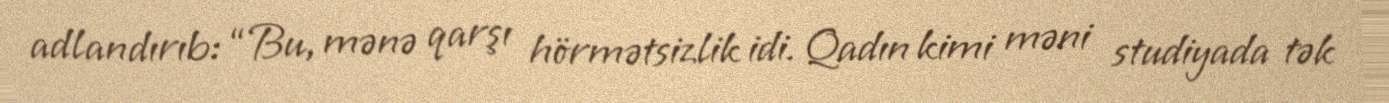
adlandırıb: “Bu, mənə qarşı hörmətsizlik idi. Qadın kimi məni studiyada tək